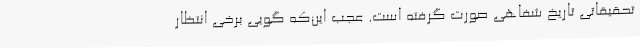
تحقیقاتی تاریخ شفاهی صورت گرفته است. عجب این‌که گویی برخی انتظار